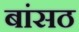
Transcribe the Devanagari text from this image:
बांसठ